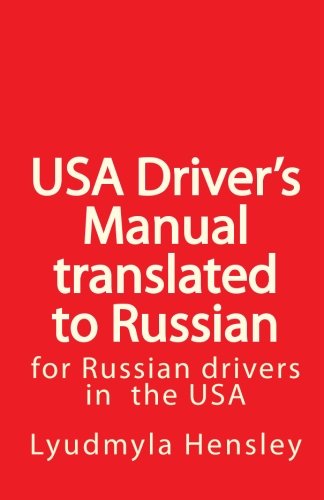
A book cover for USA Driver's Manual Translated to Russian: American Driver's  Handbook translated to Russian (Russian Edition); Lyudmyla Hensley; Test Preparation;